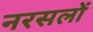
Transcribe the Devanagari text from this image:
नरसलों